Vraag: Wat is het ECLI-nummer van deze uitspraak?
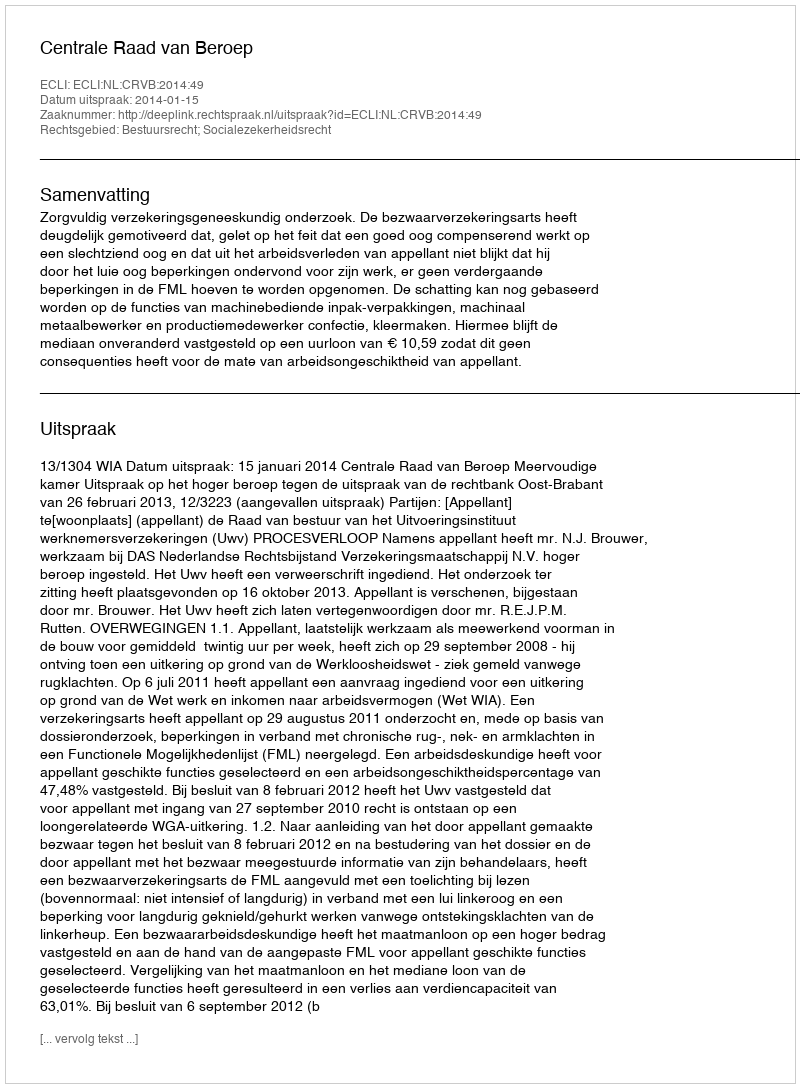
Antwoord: ECLI:NL:CRVB:2014:49